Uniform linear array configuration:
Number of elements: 24
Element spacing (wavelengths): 0.75
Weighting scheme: hann
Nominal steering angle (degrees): -30
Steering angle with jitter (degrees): -28.838
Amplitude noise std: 0.05
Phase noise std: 0.05

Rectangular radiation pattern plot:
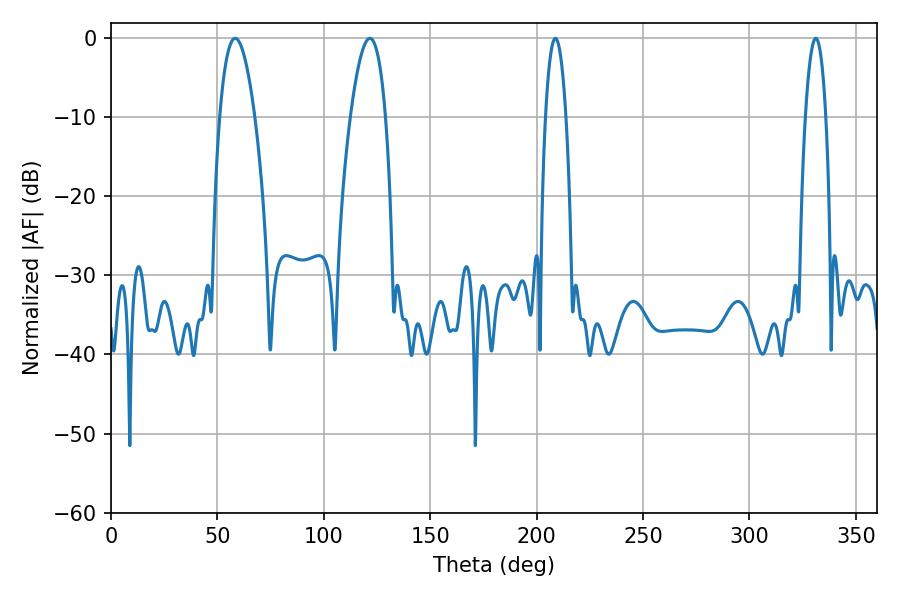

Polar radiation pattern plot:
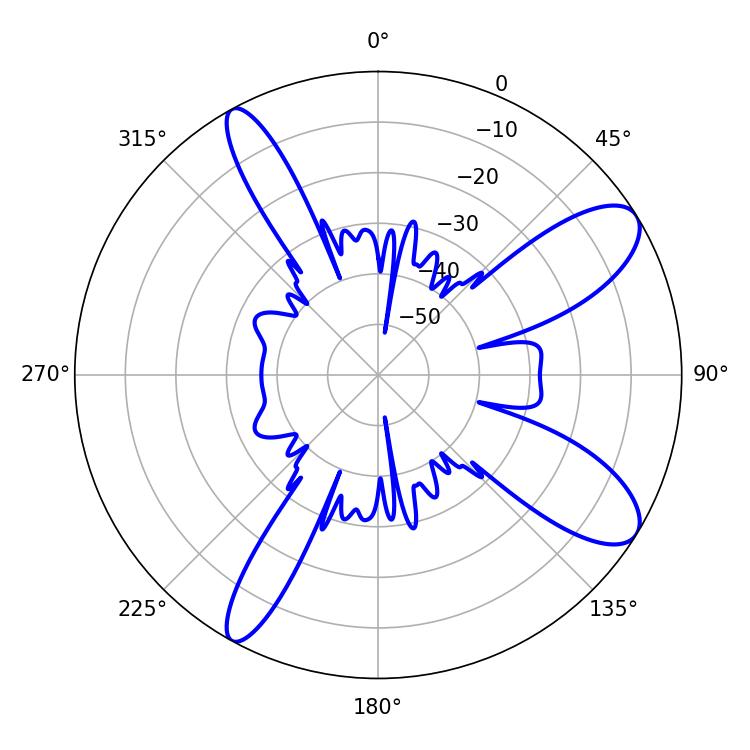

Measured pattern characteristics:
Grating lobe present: TRUE
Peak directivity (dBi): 10.112
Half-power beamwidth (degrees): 5.22
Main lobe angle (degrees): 208.8